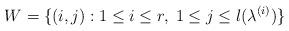
LaTeX: \begin{align*}W=\{(i,j): 1\leq i\leq r,\; 1\leq j \leq l(\lambda^{(i)})\}\end{align*}